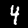
Label: 4